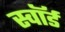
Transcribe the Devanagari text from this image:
स्‍वॉर्ड